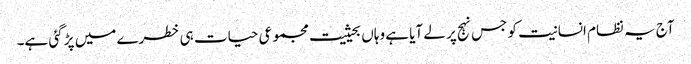
آج یہ نظام انسانیت کو جس نہج پر لے آیا ہے وہاں بحیثیت مجموعی حیات ہی خطرے میں پڑ گئی ہے۔